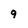
Character: 9